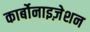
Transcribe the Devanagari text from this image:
कार्बोनाइज़ेशन